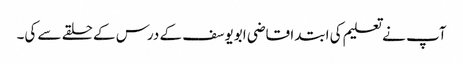
آپ نے تعلیم کی ابتدا قاضی ابویوسف کے درس کے حلقے سے کی۔